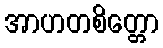
အာဟတစိတ္တော